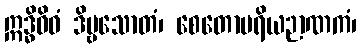
ဣဒ္ဓိဝိဓံ ဒိဗ္ဗသောတံ၊ စေတောပရိယဉာဏကံ၊